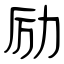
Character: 励